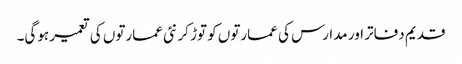
قدیم دفاتر اور مدارس کی عمارتوں کو توڑ کر نئی عمارتوں کی تعمیر ہوگی۔